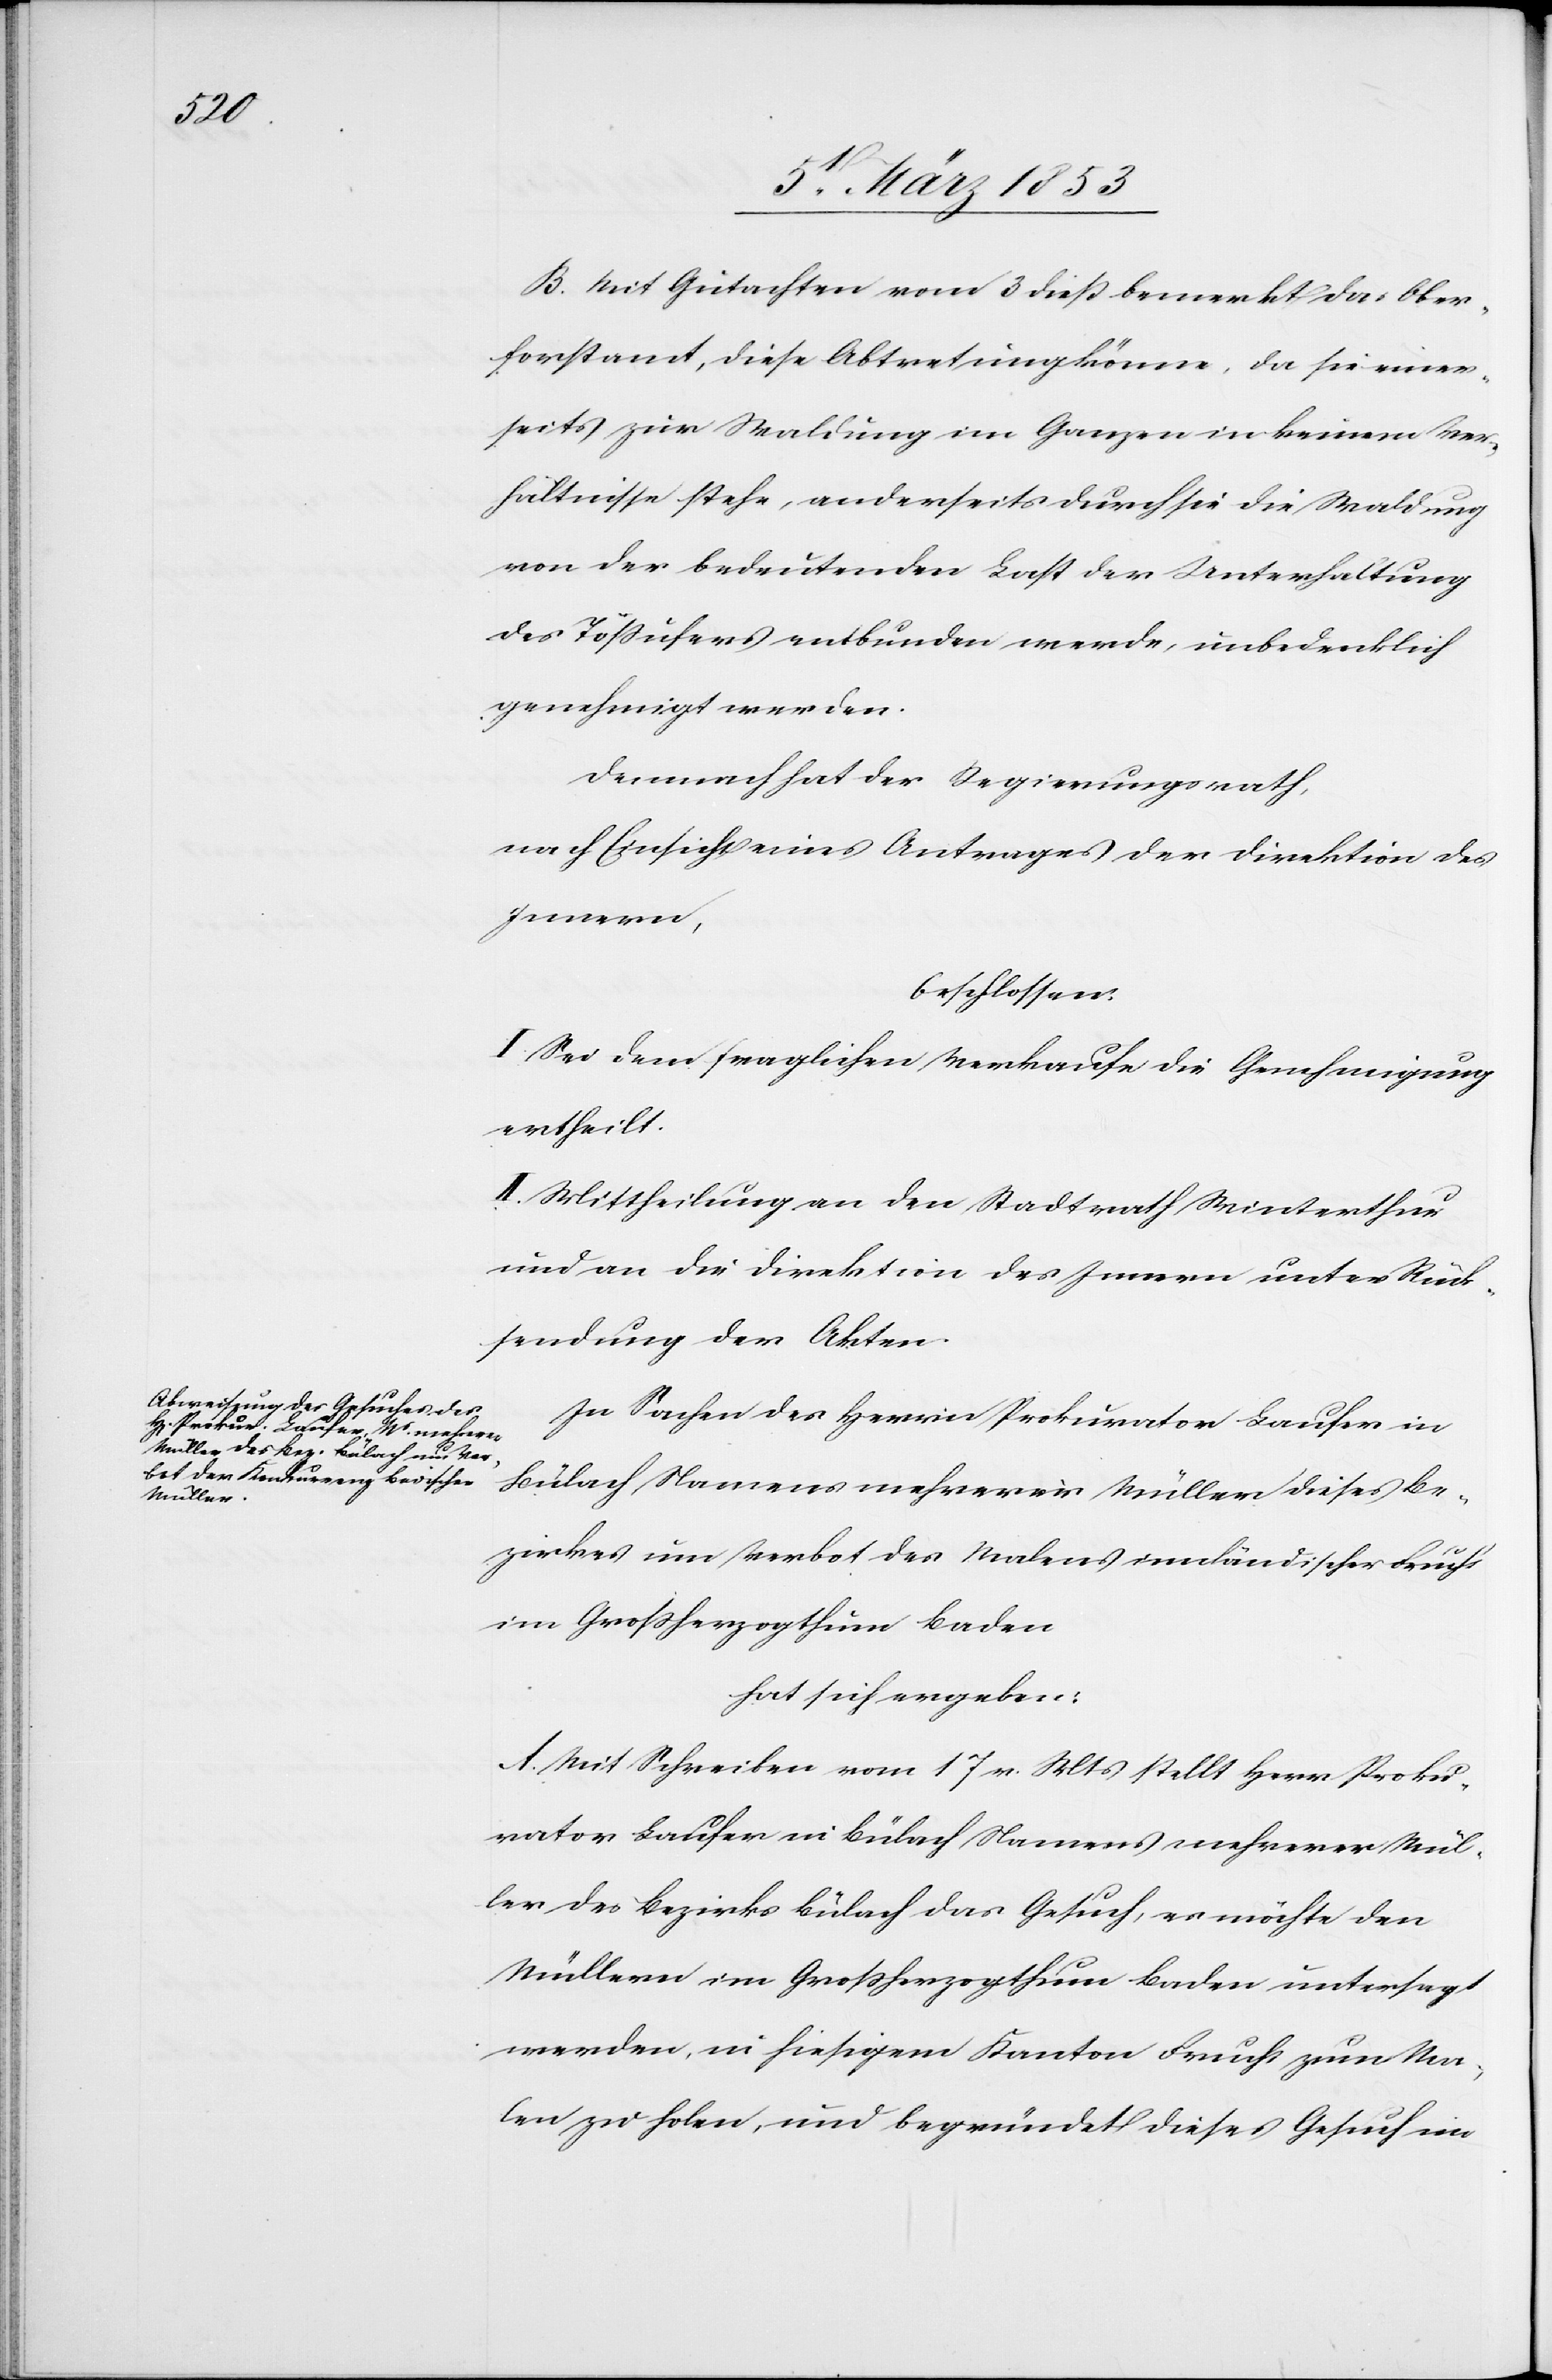
B. Mit Gutachten vom 3 dieß merkt das Ober¬
forstamt, diese Abtretung könne, da sie einer¬
seits zur Waldung im Ganzen in keinem Ver¬
hältnisse stehe, anderseits durch sie die Waldung
von der bedeutenden Last der Unterhaltung
des Tößufers entbunden werde unbedenklich
genehmigt werden.
Demnach hat der Regierungsrath,
nach Einsicht eines Antrages der Direktion des
Innern,
beschlossen:
I. Sei dem fraglichen Verkaufe die Genehmigung
ertheilt.
II. Mittheilung an den Stadtrath Winterthur
und an die Direktion des Innern unter Rück¬
sendung der Akten.
In Sachen des Herrn Prokurator Laufer in
Bülach Namens mehrerer Müller dieses Be¬
zirkes um Verbot des Malens innländischer Frucht
im Großherzogthum Baden
hat sich ergeben:
A. Mit Schreiben vom 17 v. Mts. stellt Herr Proku¬
rator Laufer in Bülach Namens mehrerer Mül¬
ler des Bezirks Bülach das Gesuch, es möchte den
Müllern im Großherzogthum Baden untersagt
werden, in hiesigem Kanton Frucht zum Ma¬
len zu holen, und begründet dieses Gesuch im